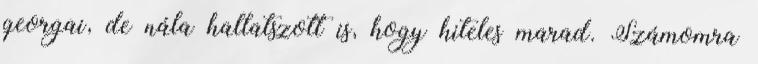
georgai, de nála hallatszott is, hogy hiteles marad. Számomra